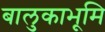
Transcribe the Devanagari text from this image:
बालुकाभूमि